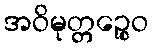
အဝိမုတ္တဉ္စေဝ